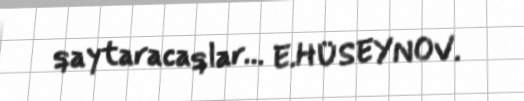
qaytaracaqlar… E.HÜSEYNOV.